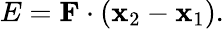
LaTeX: E={\mathbf{F}}\cdot({\mathbf{x}}_{2}-{\mathbf{x}}_{1}).